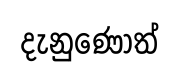
දැනුණොත්